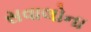
સવાલોના